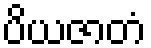
ပိယဇာတံ